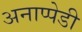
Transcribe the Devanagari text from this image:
अनाप्पेडी